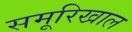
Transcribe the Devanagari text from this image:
समूरिखाल